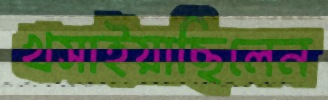
খসাইয়াছিলেন